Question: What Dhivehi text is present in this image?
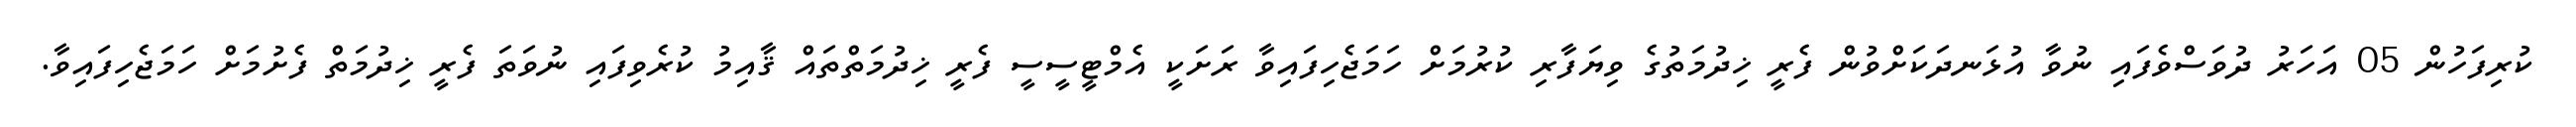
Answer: ކުރިފަހުން 05 އަހަރު ދުވަސްވެފައި ނުވާ އުޅަނދަކަށްވުން ފެރީ ޚިދުމަތުގެ ވިޔަފާރި ކުރުމަށް ހަމަޖެހިފައިވާ ރަށަކީ އެމްޓީސީސީ ފެރީ ޚިދުމަތްތައް ޤާއިމު ކުރެވިފައި ނުވަތަ ފެރީ ޚިދުމަތް ފެށުމަށް ހަމަޖެހިފައިވާ.